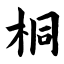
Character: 桐